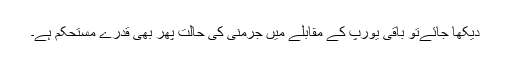
دیکھا جائےتو باقی یورپ کے مقابلے میں جرمنی کی حالت پھر بھی قدرے مستحکم ہے۔